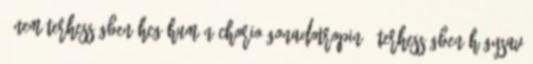
- Nem terhességben HCG Humán Chorio-Gonadotropin - Terhességben Húgysav